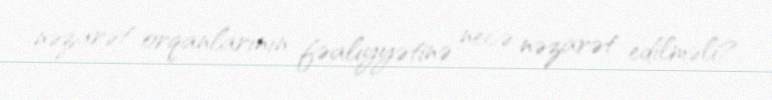
nəzarət orqanlarının fəaliyyətinə necə nəzarət edilməli?.